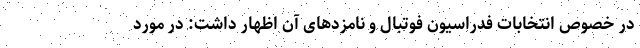
در خصوص انتخابات فدراسیون فوتبال و نامزدهای آن اظهار داشت: در مورد